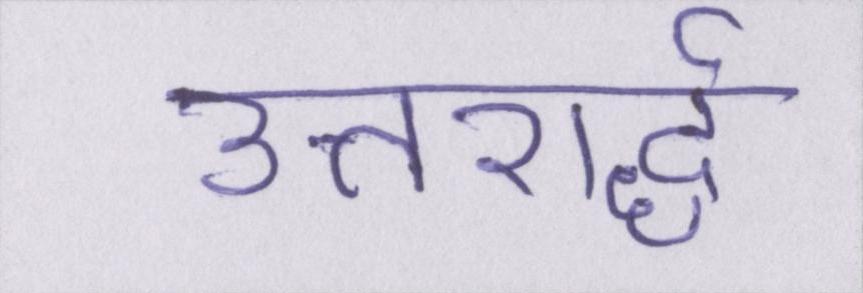
उत्तरार्द्ध